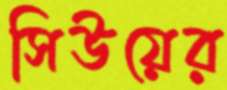
সিউয়ের